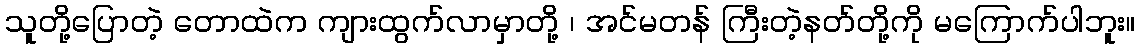
သူတို့ပြောတဲ့ တောထဲက ကျားထွက်လာမှာတို့ ၊ အင်မတန် ကြီးတဲ့နတ်တို့ကို မကြောက်ပါဘူး။